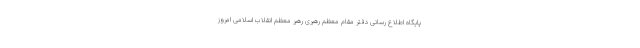
پایگاه اطلاع رسانی دفتر مقام معظم رهبری رهبر معظم انقلاب اسلامی امروز